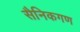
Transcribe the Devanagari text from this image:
सैनिकगण